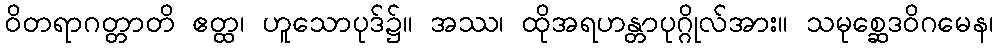
ဝိတရာဂတ္တာတိ ဧတ္ထ၊ ဟူသောပုဒ်၌။ အဿ၊ ထိုအရဟန္တာပုဂ္ဂိုလ်အား။ သမုစ္ဆေဒဝိဂမေန၊